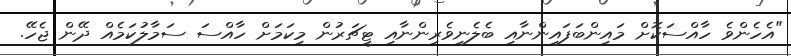
"އެހެންވެ ހާއްސަކޮށް މައިންބަފައިންނާއި ބެލެނިވެރިންނާއި ޓީޗަރުން މިކަމަށް ހާއްސަ ސަމާލުކަމެއް ދޭން ޖެހޭ.